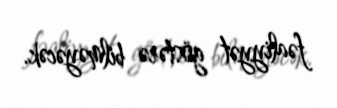
fəaliyyət göstərə bilməyəcək.